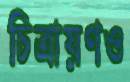
চিত্রায়ণও